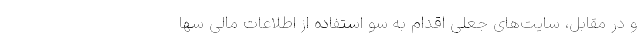
و در مقابل، سایت‌های جعلی اقدام به سو استفاده از اطلاعات مالی سها